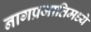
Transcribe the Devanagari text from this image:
नागप्रजातिमध्ये